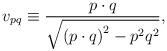
LaTeX: \begin{align*}v_{pq}\equiv \frac{p\cdot q}{\sqrt{\left( p\cdot q\right) ^{2}-p^{2}q^{2}}},\end{align*}